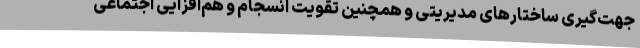
جهت‌گیری ساختارهای مدیریتی و همچنین تقویت انسجام و هم‌افزایی اجتماعی